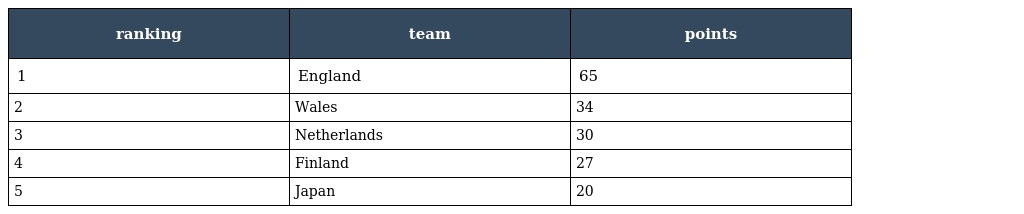
| ranking | team | points |
 | --- | --- | --- |
 | 1 | England | 65 |
 | 2 | Wales | 34 |
 | 3 | Netherlands | 30 |
 | 4 | Finland | 27 |
 | 5 | Japan | 20 |